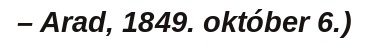
– Arad, 1849. október 6.)